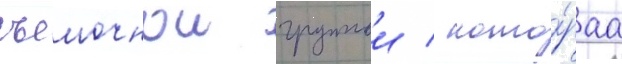
съемочнои группои / кото́раа